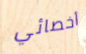
أخصائي